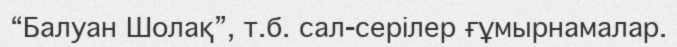
“Балуан Шолақ”, т.б. сал-серілер ғұмырнамалар.